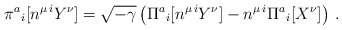
\begin{align*}\pi^a{}_{i} [ n^{\mu\,i} Y^{\nu}] = \sqrt{-\gamma} \left( \Pi^a{}_{i}[n^{\mu\,i} Y^{\nu}] - n^{\mu\,i} \Pi^a{}_{i }[X^{\nu}] \right) \,.\end{align*}